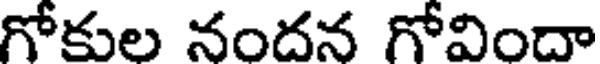
గోకుల నందన గోవిందా